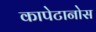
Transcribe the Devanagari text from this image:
कापेटानोस